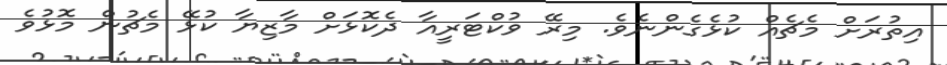
އިތުރަށް މެޗެއް ކުޅެގެންނެވެ. މިރޭ ވުކްޓަރީއާ ދެކޮޅަށް މާޒިޔާ ކުޅޭ މެޗުން މޮޅުވެ